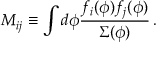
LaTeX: M _ { i j } \equiv \int d \phi { \frac { f _ { i } ( \phi ) f _ { j } ( \phi ) } { { \mit \Sigma } ( \phi ) } } \, .